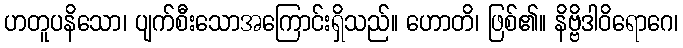
ဟတူပနိသော၊ ပျက်စီးသောအကြောင်းရှိသည်။ ဟောတိ၊ ဖြစ်၏။ နိဗ္ဗိဒါဝိရောဂေ၊